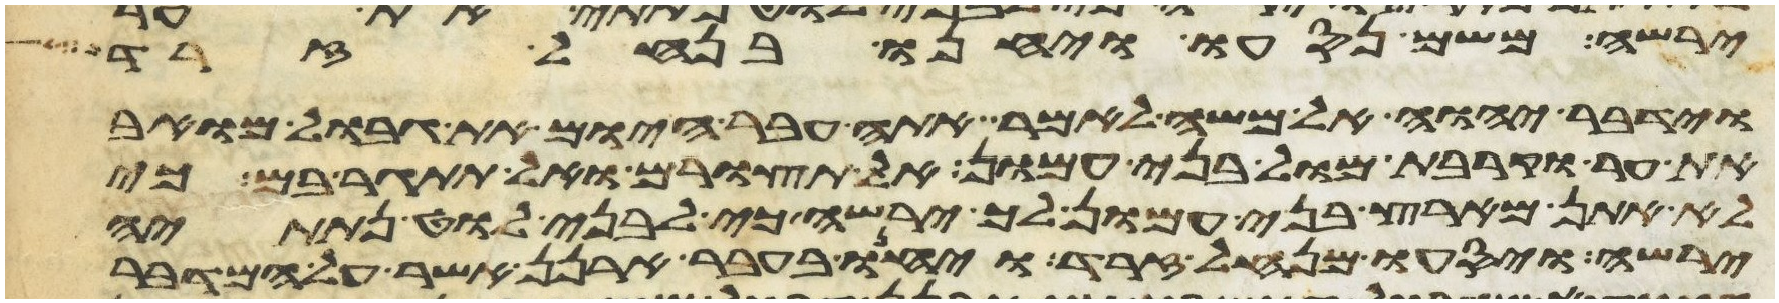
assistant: ירשה משם נסעו ויחנו בנחל זרד
וידבר יהוה אל משה לאמר אתה עבר היום את גבול מואב
את ער וקרבת מול בני עמון אל תצורם ואל תתגר בם כי
לא אתן מארץ בני עמון לך ירשה כי לבני לוט נתתיה
ירשה ויסעו מנחל זרד ויחנו בעבר ארנן אשר על המדבר